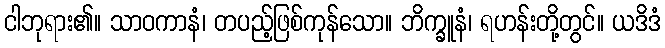
ငါဘုရား၏။ သာဝကာနံ၊ တပည့်ဖြစ်ကုန်သော။ ဘိက္ခူနံ၊ ရဟန်းတို့တွင်။ ယဒိဒံ